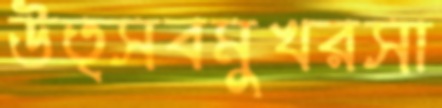
উত্সবমুখরসা